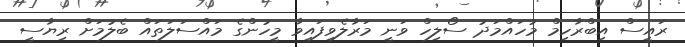
ރައީސް އިިބްރާހިމް މުހައްމަދު ސޯލިހް ވަނީ މަރާލެވިފައިވާ މީހުންގެ މައްސަލަތައް ބެލުމަށް ރިޔާސީ